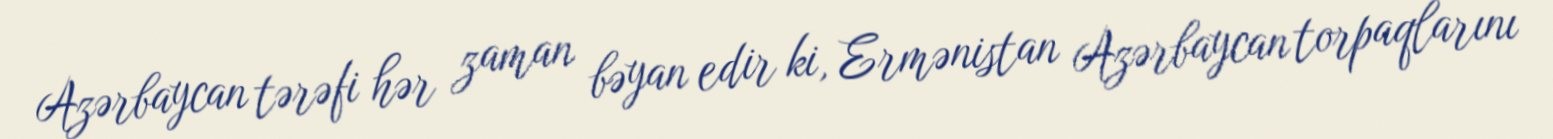
Azərbaycan tərəfi hər zaman bəyan edir ki, Ermənistan Azərbaycan torpaqlarını